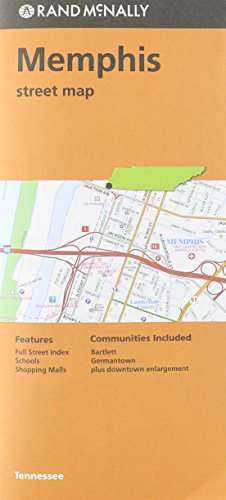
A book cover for Rand McNally Folded Map: Memphis; Rand McNally; Travel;